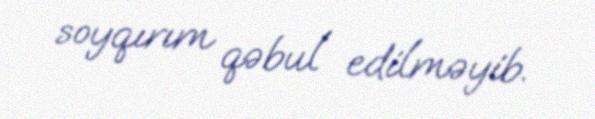
soyqırım qəbul edilməyib.